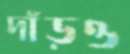
দাঁড়ও